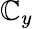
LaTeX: \mathbb{C}_{y}